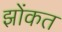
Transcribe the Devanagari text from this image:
झोंकत